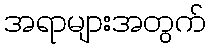
အရာများအတွက်